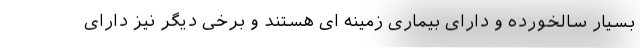
بسیار سالخورده و دارای بیماری زمینه ای هستند و برخی دیگر نیز دارای